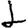
Digit: 1